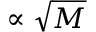
\propto \sqrt { M }